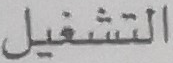
التشغيل